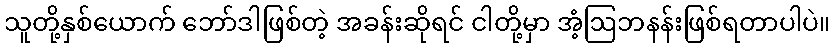
သူတို့နှစ်ယောက် ဘော်ဒါဖြစ်တဲ့ အခန်းဆိုရင် ငါတို့မှာ အံ့ဩဘနန်းဖြစ်ရတာပါပဲ။